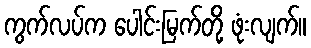
ကွက်လပ်က ပေါင်းမြက်တို့ ဖုံးလျက်။